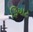
ફિયાટ